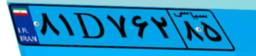
۸۱D۷۶۲۸۵